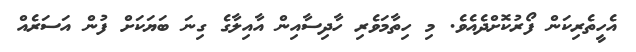
އެހީތެރިކަން ފޯރުކޮށްދެއެވެ. މި ހިތާމަވެރި ހާދިސާއިން އާއިލާގެ ގިނަ ބަޔަކަށް ފުން އަސަރެއް